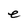
Character: e